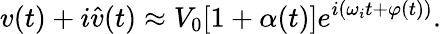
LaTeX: v(t)+i\hat{v}(t)\approx V_{0}[1+\alpha(t)]e^{i(\omega_{i}t+\varphi(t))}.